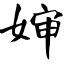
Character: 婶